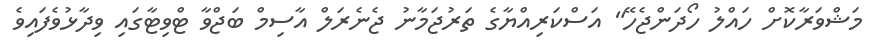
މަޝްވަރާކޮށް ހައްލު ހޯދަންޖެހޭ" އަސްކަރިއްޔާގެ ތަރުޖަމާނު ޖެނެރަލް އާސިމް ބަޖްވާ ޓްވިޓާގައި ވިދާޅުވެފައިވެ